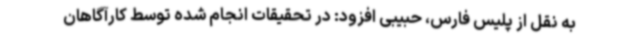
به نقل از پلیس فارس، حبیبی افزود: در تحقیقات انجام شده توسط کارآگاهان